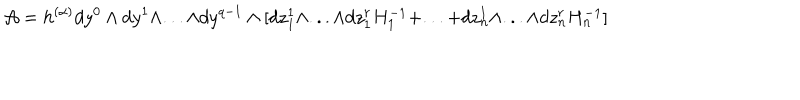
LaTeX: { \cal A } = h ^ { ( \alpha ) } d y ^ { 0 } \wedge d y ^ { 1 } \wedge . . . \wedge d y ^ { q - 1 } \wedge [ d z _ { 1 } ^ { 1 } \wedge . . . \wedge d z _ { 1 } ^ { r } H _ { 1 } ^ { - 1 } + . . . + d z _ { n } ^ { 1 } \wedge . . . \wedge d z _ { n } ^ { r } H _ { n } ^ { - 1 } ]